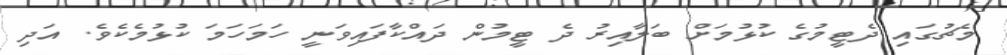
މެޗުގައި ދެޓީމުގެ ކުޅުމަށް ބަލާއިރު ދެ ޓީމުން ދައްކާފައިވަނީ ހަމަހަމަ ކުޅުމެކެވެ. އަދި